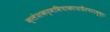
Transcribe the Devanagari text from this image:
क्लेशकर्मविपाकाशयैरपरामृष्टः